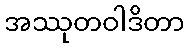
အဿုတဝါဒိတာ